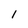
Character: l